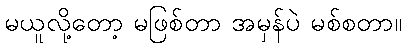
မယူလို့တော့ မဖြစ်တာ အမှန်ပဲ မစ်စတာ။